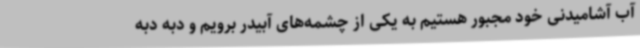
آب آشامیدنی خود مجبور هستیم به یکی از چشمه‌های آبیدر برویم و دبه دبه